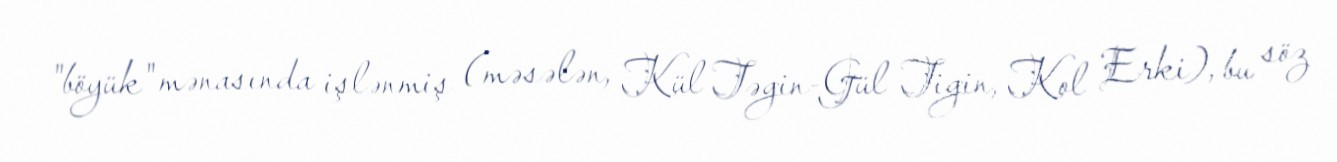
"böyük" mənasında işlənmiş (məsələn, Kül Təgin-Gül Tigin, Kol Erki), bu söz